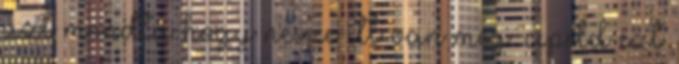
azt mondta hogy nesze itt van még. cipeld ezt